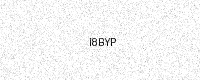
Text: I8BYP